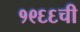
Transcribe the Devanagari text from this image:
१९६६ची